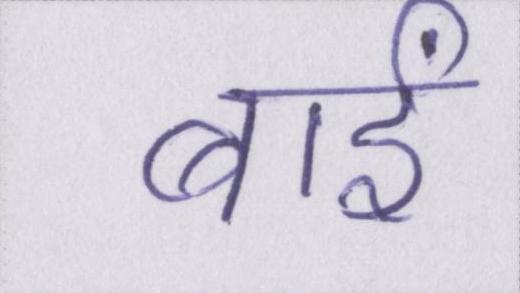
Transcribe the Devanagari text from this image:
बाईं